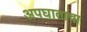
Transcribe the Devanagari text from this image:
अपघाताचा